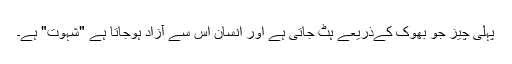
پہلی چیز جو بھوک کےذریعے ہٹ جاتی ہے اور انسان اس سے آزاد ہوجاتا ہے "شہوت" ہے۔